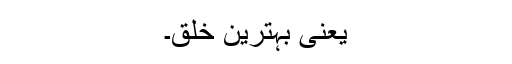
یعنی بہترین خلق۔